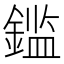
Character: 𲇕